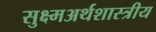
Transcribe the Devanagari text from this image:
सुक्ष्मअर्थशास्त्रीय